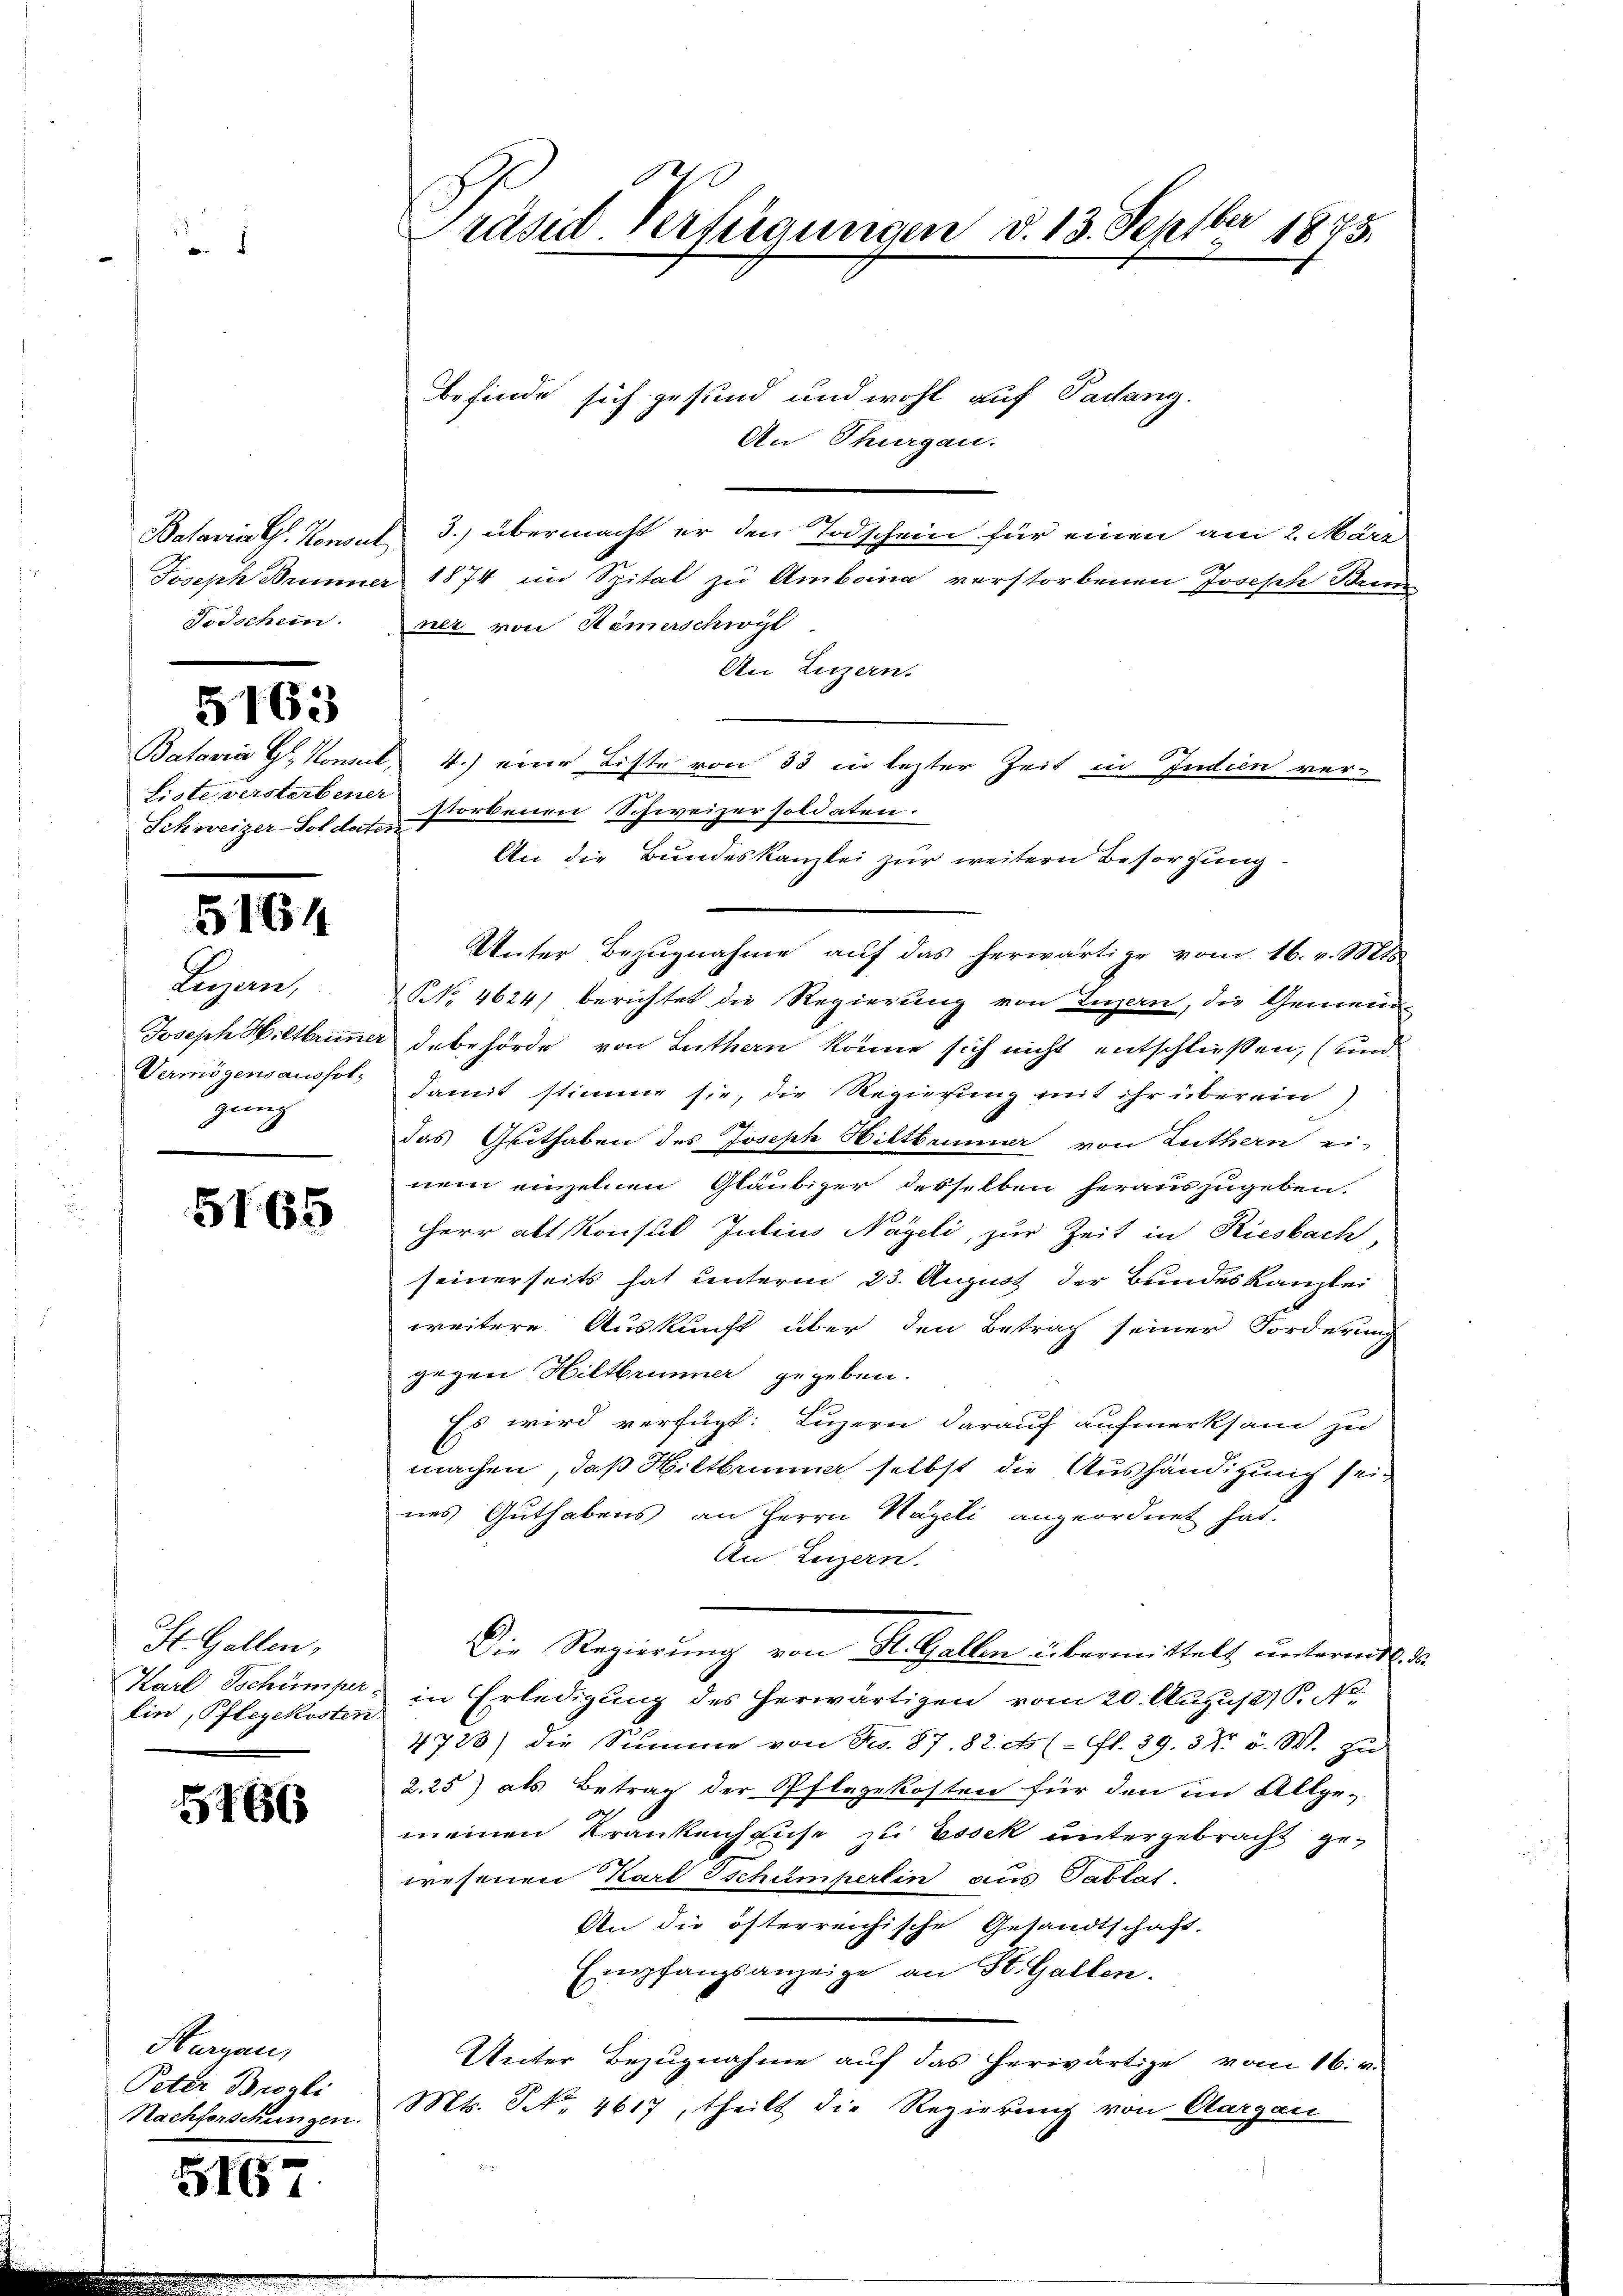
.

Todschein.

5163

Liste versterbener
Schweizer-Soldate

5164

Luzan,
Joseph Hiltbrimme.
Vermögensausfolgung

5165

St. Gallen,
Karl Schümper.
lin, Pflegekosten

5466

Hurgau,
Peter Brogli
Nachforschungen.

5167

e
Präsid. Verfügungen d. 13. Septbr 1875.
d

befinde sich gesund und wohl auf Pachang.
An Thurgau.
Balariat Konsul 3.) übermacht er den Todschein für einen am 2. März
Joseph Brunner 1874 im Spital zu Amboina verstorbenen Joseph Brun
ner von Hemerschwyt
An Luzern.
Batavia Gr. Konsul, 4.) eine Liste von 33 in lezter Zeit in Indien verstorbenen Schweizersoldaten.
.
An die Bundeskanzlei zur weitern Besorgung.
Unter Bezŭgnahme aŭf das herwärtige vom 16. v. Mts.
NNo. 4624) berichtet die Regierung von Luzern, die Gemein
 debehörde von Luthen könne sich nicht entschließen, (und
damit stimme sie, die Regierung mit ihr überein)
das Guthaben des Joseph Hiltbrunner von Luthern ei-
nem einzelnen Gläubiger desselben herauszugeben.
Herr alt Konsul Jubius Nageli, zur Zeit in Riesbach,
seinerseits hat unterm 23. August der Bundeskanzlei
weitere Auskunft über den Betrag seiner Forderung
gegen Hiltbrunner gegeben.
Es wird verfügt: Luzern darauf aufmerksam zu
machen, daß Hiltbrunner selbst die Aushändigung sei
nes Guthabens an Herrn Hageli angeordnet hat.
An Luzern.
Die Regierung von St. Gallen übermittelt unterm 16. die
in Erledigung des herwärtigen vom 20. August 18. No.
4723) die Summe von No. 87. 82. cts (fl. 29, 3 No 5. W. zu
2.25) als Betrag der Pflegekosten für den im Allge-
meinen Krankenhause zu Essek untergebracht ge-
wesenen Karl Tschumperlin aus Tablat.
An die öfterreichische Gesandtschaft.
Empfangsanzeige an St. Gallen.
Unter Bezugnahme auf das herwärtige vom 16. v.
Mts. S. 4617, theilt die Regierung von Aargau